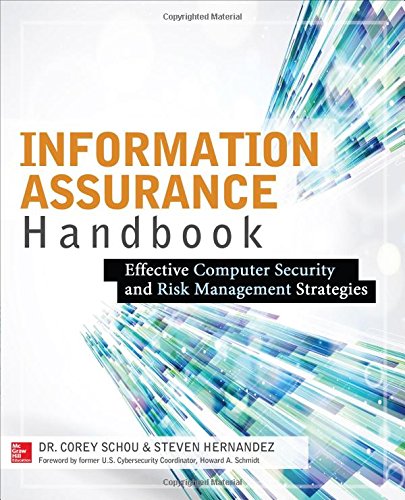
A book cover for Information Assurance Handbook: Effective Computer Security and Risk Management Strategies; Corey Schou; Computers & Technology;